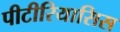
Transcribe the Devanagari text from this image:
पीटीरियासिस